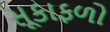
સૂકાફળો